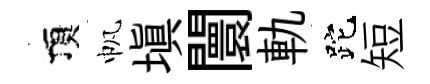
頂帆塡闤軌跎短